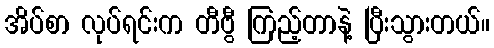
အိပ်စာ လုပ်ရင်းက တီဗွီ ကြည့်တာနဲ့ ပြီးသွားတယ်။